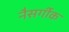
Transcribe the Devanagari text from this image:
नैसर्गीक